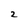
Character: 2